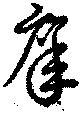
庠